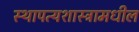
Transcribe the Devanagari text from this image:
स्थापत्यशास्त्रामधील